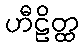
ဟီဠိတ္ထ